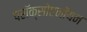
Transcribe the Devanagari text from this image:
परॉक्सोएनॉयन